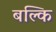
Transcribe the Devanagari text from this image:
बल्कि